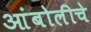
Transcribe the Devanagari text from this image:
आंबोलीचे